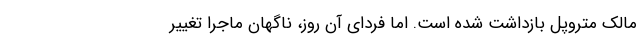
مالک متروپل بازداشت شده است. اما فردای آن روز، ناگهان ماجرا تغییر